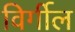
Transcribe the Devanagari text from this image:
विर्गील